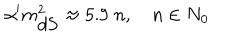
\alpha ^ { \prime } m _ { \mathrm { d S } } ^ { 2 } \approx 5 . 9 \; n , \quad n \in N _ { 0 }